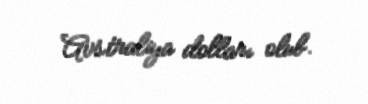
Avstraliya dolları olub.